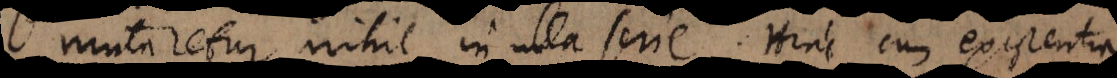
mutaretur nihil in ulla serie. Hinc cum existentia